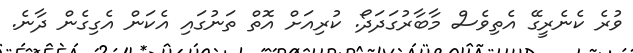
ވުރެ ކެނެރީގޭ އެތިވެސް މާބާރުގަދަދޯ. ކުރިއަށް އޮތް ތަނުގައި އެކަން އެގިގެން ދާނެ.